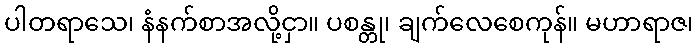
ပါတရာသေ၊ နံနက်စာအလို့ငှာ။ ပစန္တု၊ ချက်လေစေကုန်။ မဟာရာဇ၊